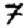
Digit: 7